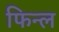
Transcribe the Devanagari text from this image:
फिन्ल